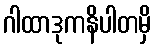
ဂါထာဒုကနိပါတမှိ